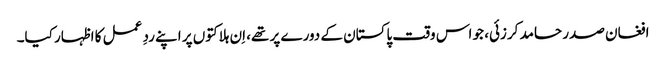
افغان صدر حامد کرزئی، جو اس وقت پاکستان کے دورے پر تھے، اِن ہلاکتوں پر اپنے ردِ عمل کا اظہار کیا۔